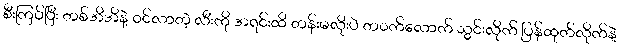
စီးကြပ်ပြီး တစ်အိအိနဲ့ ဝင်လာတဲ့ လီးကို အရင်းထိ တန်းမလိုးပဲ တဝက်လောက် သွင်းလိုက် ပြန်ထုတ်လိုက်နဲ့